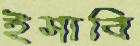
ইসাবি